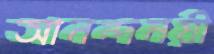
আনন্দময়ী